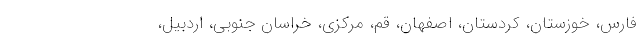
فارس، خوزستان، کردستان، اصفهان، قم، مرکزی، خراسان جنوبی، اردبیل،